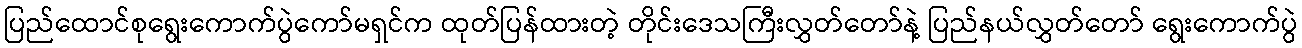
ပြည်ထောင်စုရွေးကောက်ပွဲကော်မရှင်က ထုတ်ပြန်ထားတဲ့ တိုင်းဒေသကြီးလွှတ်တော်နဲ့ ပြည်နယ်လွှတ်တော် ရွေးကောက်ပွဲ